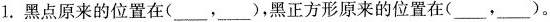
1. 黑点原来的位置在(___，___)，黑正方形原来的位置在(___，___)。